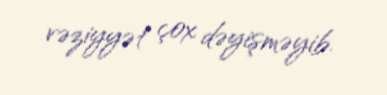
vəziyyət çox dəyişməyib.